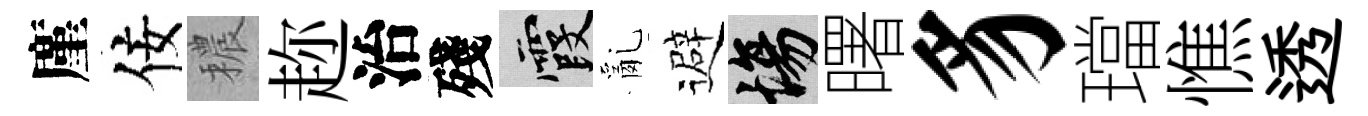
廑佞穠趂治殘霞亂避場曙豸璫憔透